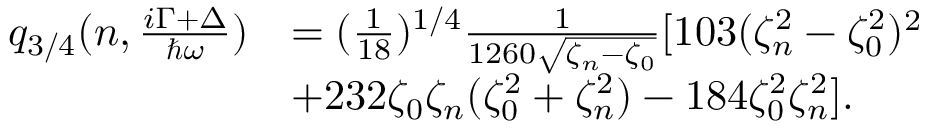
\begin{array} { r l } { q _ { 3 / 4 } ( n , \frac { i \Gamma + \Delta } { \hbar \omega } ) } & { = ( \frac { 1 } { 1 8 } ) ^ { 1 / 4 } \frac { 1 } { 1 2 6 0 \sqrt { \zeta _ { n } - \zeta _ { 0 } } } [ 1 0 3 ( \zeta _ { n } ^ { 2 } - \zeta _ { 0 } ^ { 2 } ) ^ { 2 } } \\ & { + 2 3 2 \zeta _ { 0 } \zeta _ { n } ( \zeta _ { 0 } ^ { 2 } + \zeta _ { n } ^ { 2 } ) - 1 8 4 \zeta _ { 0 } ^ { 2 } \zeta _ { n } ^ { 2 } ] . } \end{array}